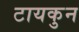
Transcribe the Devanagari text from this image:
टायकुन